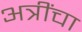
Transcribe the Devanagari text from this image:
अत्रींचा